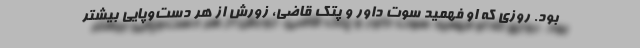
بود. روزی که او فهمید سوت داور و پتک قاضی، زورش از هر دست‌وپایی بیشتر